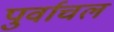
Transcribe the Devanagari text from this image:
पुर्वाचल